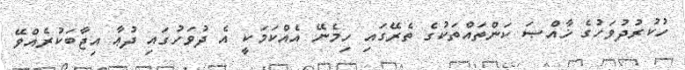
ހުކުރުދުވަހުގެ ޚާއްޞަ ކަންތައްތަކުގެ ތެރޭގައި ހިމެނޭ އެއްކަމަކީ އެ ދުވަހުގައި ދުޢާ އިޖާބަކުރެއްވޭ